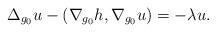
LaTeX: \begin{align*}\Delta_{g_0} u-( \nabla_{g_0} h,\nabla_{g_0} u)= -\lambda u .\end{align*}